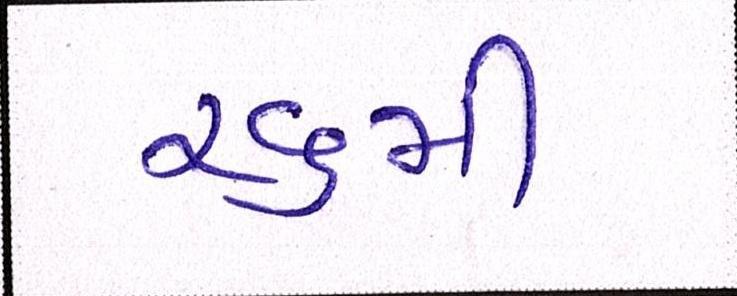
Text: ૨૬મી